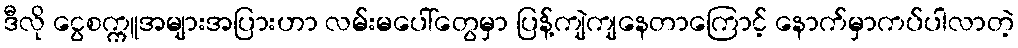
ဒီလို ငွေစက္ကူအများအပြားဟာ လမ်းမပေါ်တွေမှာ ပြန့်ကျဲကျနေတာကြောင့် နောက်မှာကပ်ပါလာတဲ့